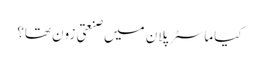
کیا ماسٹر پلان میں صنعتی زون تھا؟